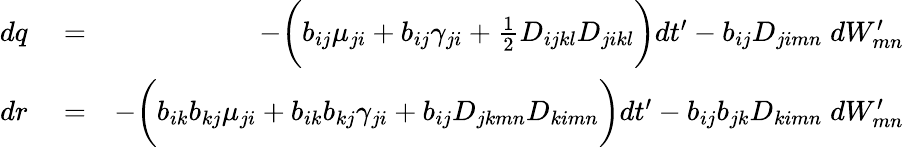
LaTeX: \begin{array}{rlr}{dq}&{{}=}&{-\bigg(b_{ij}\mu_{ji}+b_{ij}\gamma_{ji}+\frac{1}{2}D_{ijkl}D_{jikl}\bigg)dt^{\prime}-b_{ij}D_{jimn}\; dW_{mn}^{\prime}}\\ {dr}&{{}=}&{-\bigg(b_{ik}b_{kj}\mu_{ji}+b_{ik}b_{kj}\gamma_{ji}+b_{ij}D_{jkmn}D_{kimn}\bigg)dt^{\prime}-b_{ij}b_{jk}D_{kimn}\; dW_{mn}^{\prime}}\end{array}